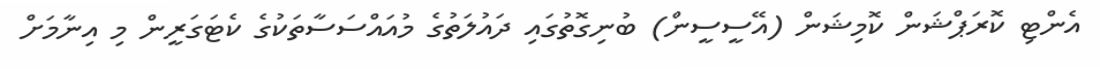
އެންޓި ކޮރަޕްޝަން ކޮމިޝަން (އޭސީސީން) ބުނިގޮތުގައި ދައުލަތުގެ މުއައްސަސާތަކުގެ ކެޓަގަރީން މި އިނާމަށް